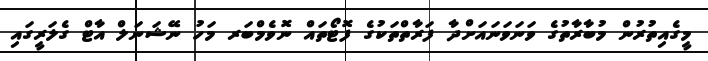
މީގެއިތުރުން މުބާރާތުގެ ވަނަވަނައަށްދާ ފަރާތްތަކުގެ ފޮޓޯތައް ނޮވެމްބަރ މަހު ނޭޝަނަލް އާޓް ގެލަރީގައި